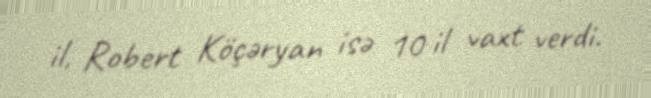
il, Robert Köçəryan isə 10 il vaxt verdi.